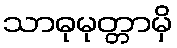
သာဓုမုတ္တာမှိ